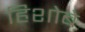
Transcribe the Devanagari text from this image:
हिशोबे